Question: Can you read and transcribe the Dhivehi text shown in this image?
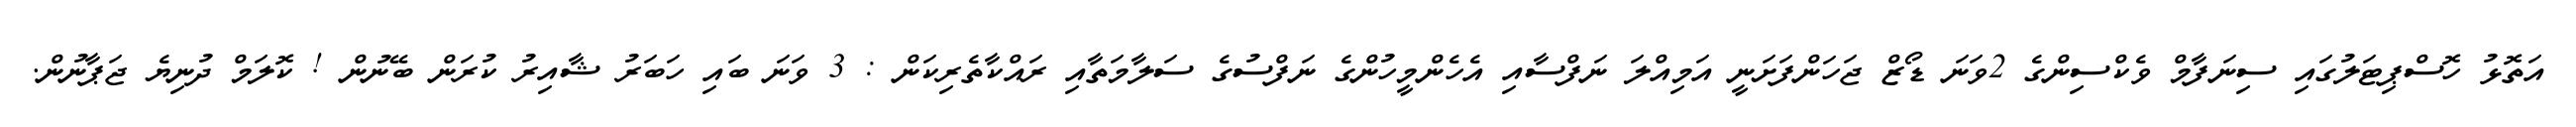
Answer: އަތޮޅު ހޮސްޕިޓަލުގައި ސިނަފާމް ވެކްސިންގެ 2ވަނަ ޑޯޒް ޖަހަންފަށަނީ އަމިއްލަ ނަފްސާއި އެހެންމީހުންގެ ނަފްސުގެ ސަލާމަތާއި ރައްކާތެރިކަން : 3 ވަނަ ބައި ހަބަރު ޝާއިރު ކުރަން ބޭނުން ! ކޮލަމް ދުނިޔެ ޖަޕާނުން.